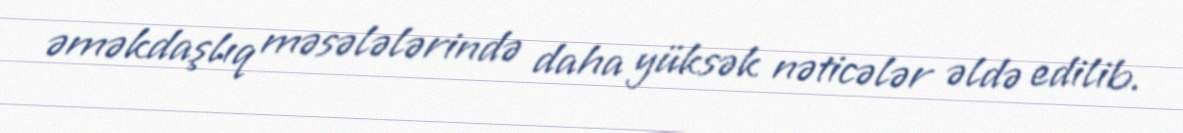
əməkdaşlıq məsələlərində daha yüksək nəticələr əldə edilib.